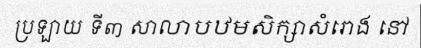
ប្រឡាយ ទី៣ សាលាបឋមសិក្សាសំរោង នៅ